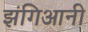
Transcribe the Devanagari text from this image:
झंगिआनी